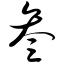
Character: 叁